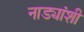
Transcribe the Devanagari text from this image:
नाड्यांशी